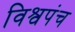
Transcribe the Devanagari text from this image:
विश्वपंच